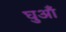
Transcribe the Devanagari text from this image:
घुआँ